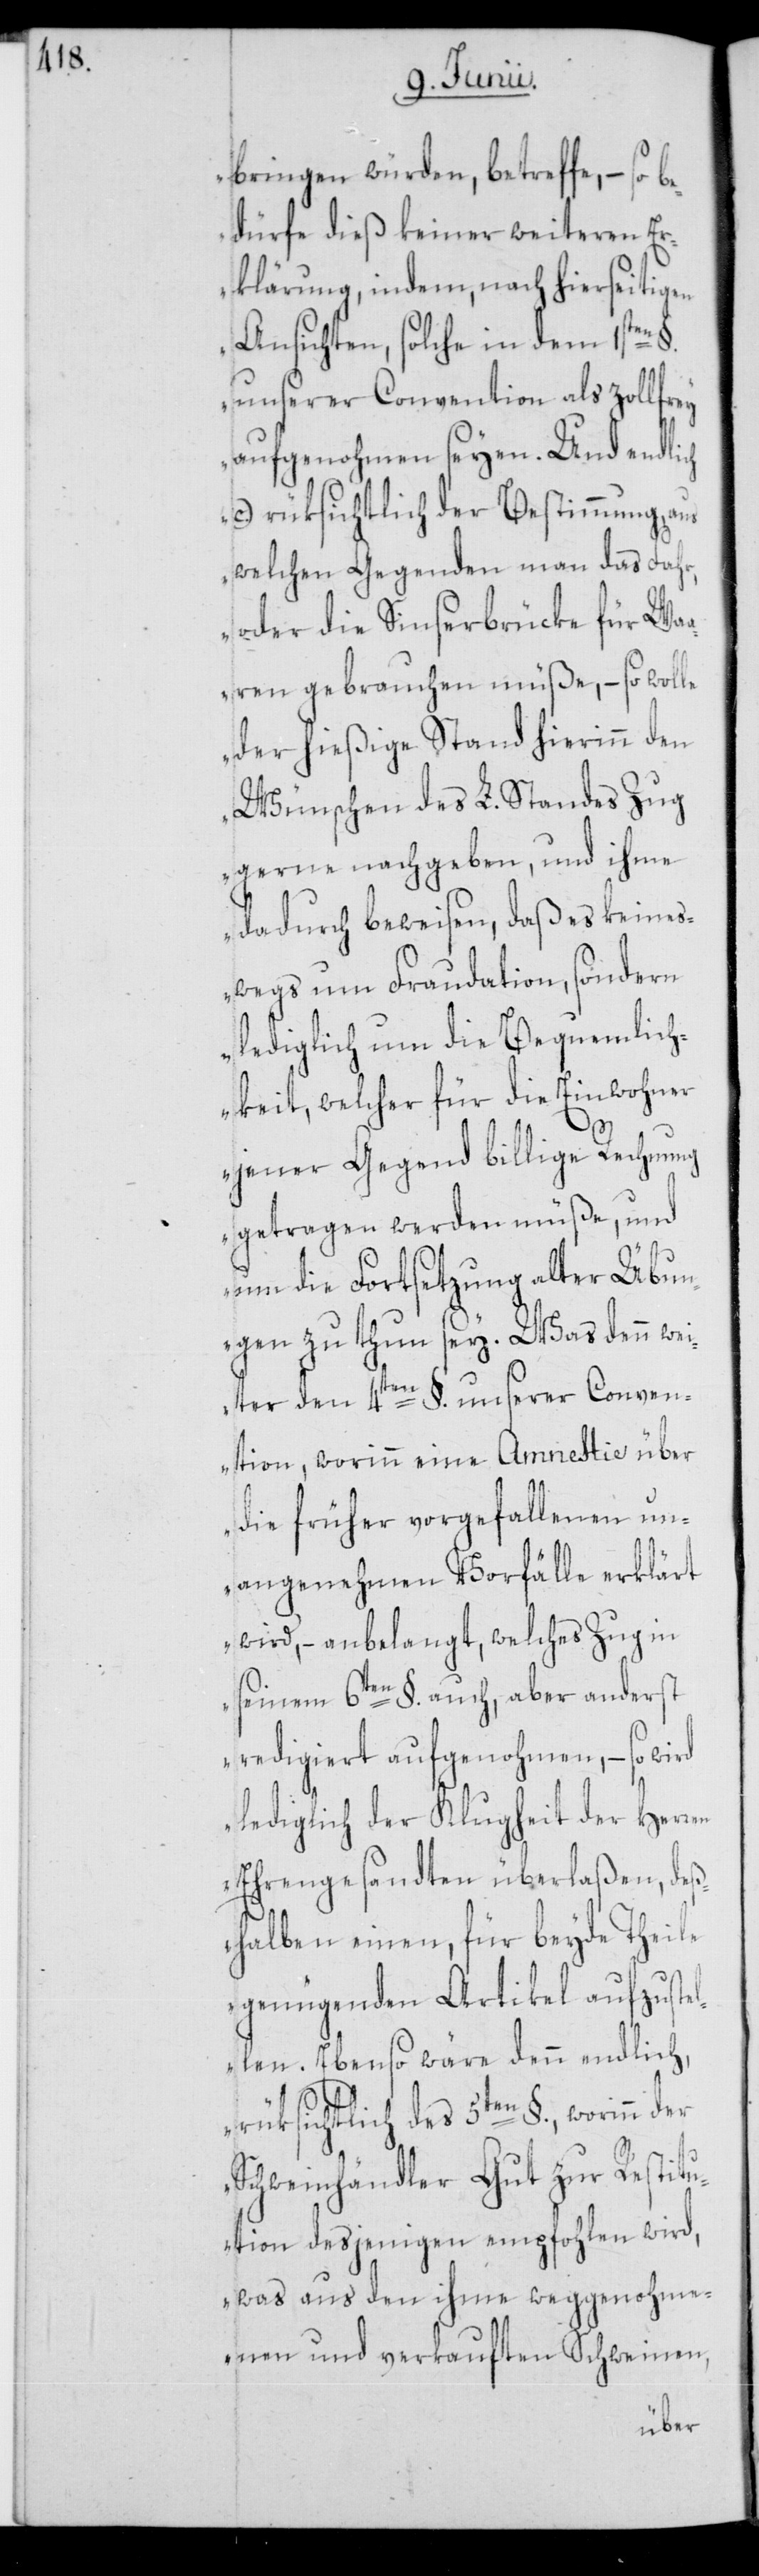
bringen würden, betreffe, – so
bedürfe dieß keiner weiteren Er¬
klärung, indem, nach hierseitigen
Ansichten, solche in dem 1sten
unserer Convention als zollfrey
aufgenohmen seyen. Und endlich
c.) rüksichtlich der Bestimmung, aus
welchen Gegenden man das Fahr,
oder die Sinserbrücke für Wa¬
aren gebrauchen müße, – so wolle
der hießige Stand hierinn den
Wünschen des L. Standes Zug
gerne nachgeben, und ihme
dadurch beweisen, daß es keines¬
wegs um Fraudation, sondern
lediglich um die Bequemlich¬
keit, welcher für die Einwohner
jener Gegend billige Rechnung
getragen werden müße, und
um die Fortsetzung alter Übun¬
gen zu thun sey. Was denn wei¬
ter den 4ten §. unserer Conven¬
tion, worinn eine Amnestie über
die früher vorgefallenen un¬
angenehmen Vorfälle erklärt
wird, – anbelangt, welches Zug in
seinem 6ten §. auch, aber anderst
redigiert aufgenohmen, – so wird
lediglich der Klugheit der Herren
Ehrengesandten überlaßen, deß¬
halben einen, für beyde Theile
genügenden Artikel aufzuste¬
llen. Ebenso wäre denn endlich,
rüksichtlich des 5ten §., worinn der
Schweinhändler Gut zur Restitu¬
tion desjenigen empfohlen wird,
was aus den ihme weggenohme¬
nen und verkauften Schweinen,